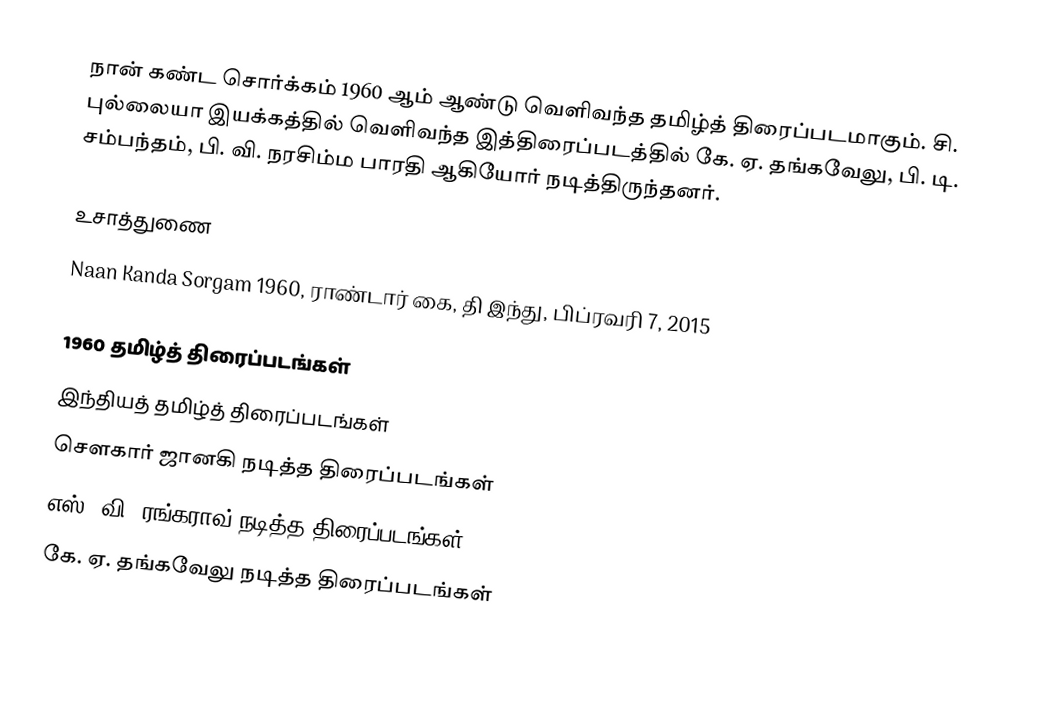
நான் கண்ட சொர்க்கம் 1960 ஆம் ஆண்டு வெளிவந்த தமிழ்த் திரைப்படமாகும். சி. புல்லையா இயக்கத்தில் வெளிவந்த இத்திரைப்படத்தில் கே. ஏ. தங்கவேலு, பி. டி. சம்பந்தம், பி. வி. நரசிம்ம பாரதி ஆகியோர் நடித்திருந்தனர்.

உசாத்துணை
 Naan Kanda Sorgam 1960, ராண்டார் கை, தி இந்து, பிப்ரவரி 7, 2015

1960 தமிழ்த் திரைப்படங்கள்
இந்தியத் தமிழ்த் திரைப்படங்கள்
சௌகார் ஜானகி நடித்த திரைப்படங்கள்
எஸ். வி. ரங்கராவ் நடித்த திரைப்படங்கள்
கே. ஏ. தங்கவேலு நடித்த திரைப்படங்கள்